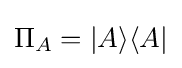
\Pi _{A}=|A\rangle \langle A|